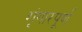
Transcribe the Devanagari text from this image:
शृंगारपूर्ण